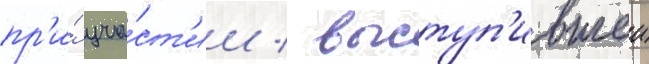
пр'и́ уча́ст'ии / выступ'ившеи